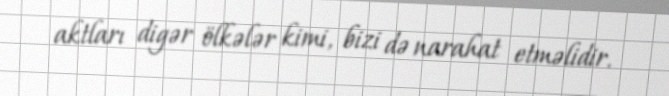
aktları digər ölkələr kimi, bizi də narahat etməlidir.